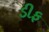
ડીફ